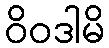
ဝိဝဒါမိ